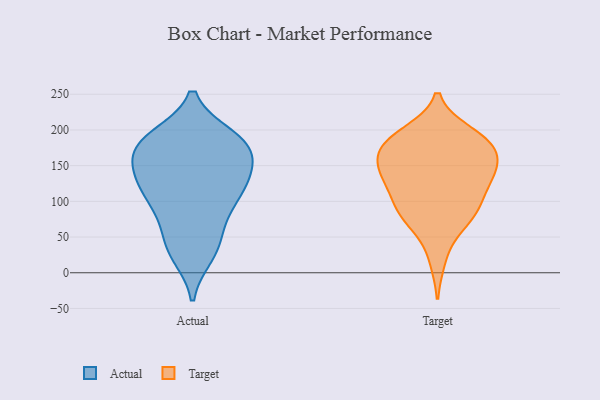
{"axis": {"x": "Waste Production (Tons)", "y": "Value"}, "legend": ["Actual", "Target"], "data": [{"x": "", "y": 120, "type": "Actual"}, {"x": "", "y": 175, "type": "Actual"}, {"x": "", "y": 177, "type": "Actual"}, {"x": "", "y": 35, "type": "Actual"}, {"x": "", "y": 170, "type": "Actual"}, {"x": "", "y": 136, "type": "Actual"}, {"x": "", "y": 179, "type": "Actual"}, {"x": "", "y": 101, "type": "Actual"}, {"x": "", "y": 81, "type": "Actual"}, {"x": "", "y": 189, "type": "Actual"}, {"x": "", "y": 118, "type": "Actual"}, {"x": "", "y": 62, "type": "Actual"}, {"x": "", "y": 136, "type": "Actual"}, {"x": "", "y": 33, "type": "Actual"}, {"x": "", "y": 186, "type": "Actual"}, {"x": "", "y": 25, "type": "Actual"}, {"x": "", "y": 133, "type": "Actual"}, {"x": "", "y": 190, "type": "Actual"}, {"x": "", "y": 153, "type": "Actual"}, {"x": "", "y": 100, "type": "Actual"}, {"x": "", "y": 108, "type": "Target"}, {"x": "", "y": 138, "type": "Target"}, {"x": "", "y": 180, "type": "Target"}, {"x": "", "y": 168, "type": "Target"}, {"x": "", "y": 150, "type": "Target"}, {"x": "", "y": 191, "type": "Target"}, {"x": "", "y": 140, "type": "Target"}, {"x": "", "y": 195, "type": "Target"}, {"x": "", "y": 187, "type": "Target"}, {"x": "", "y": 100, "type": "Target"}, {"x": "", "y": 127, "type": "Target"}, {"x": "", "y": 146, "type": "Target"}, {"x": "", "y": 76, "type": "Target"}, {"x": "", "y": 173, "type": "Target"}, {"x": "", "y": 70, "type": "Target"}, {"x": "", "y": 86, "type": "Target"}, {"x": "", "y": 81, "type": "Target"}, {"x": "", "y": 135, "type": "Target"}, {"x": "", "y": 20, "type": "Target"}, {"x": "", "y": 180, "type": "Target"}]}